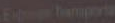
Emporta